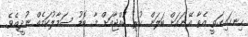
ހިނގައިގަތީ އެތާ އޭނައަށް ބަލަން ހުރި ކުއްޖާއަށް މާ ބޮޑު ސަމާލުކަމެއް ނުދީއެވެ.